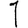
Digit: 1